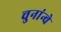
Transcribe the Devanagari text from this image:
चुनांन्चे